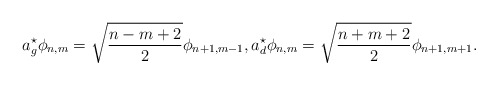
\begin{align*}a^{\star}_g \phi_{n,m}=\sqrt{\frac{n-m+2}2} \phi_{n+1,m-1},a^{\star}_d \phi_{n,m}=\sqrt{\frac{n+m+2}2} \phi_{n+1,m+1}.\end{align*}